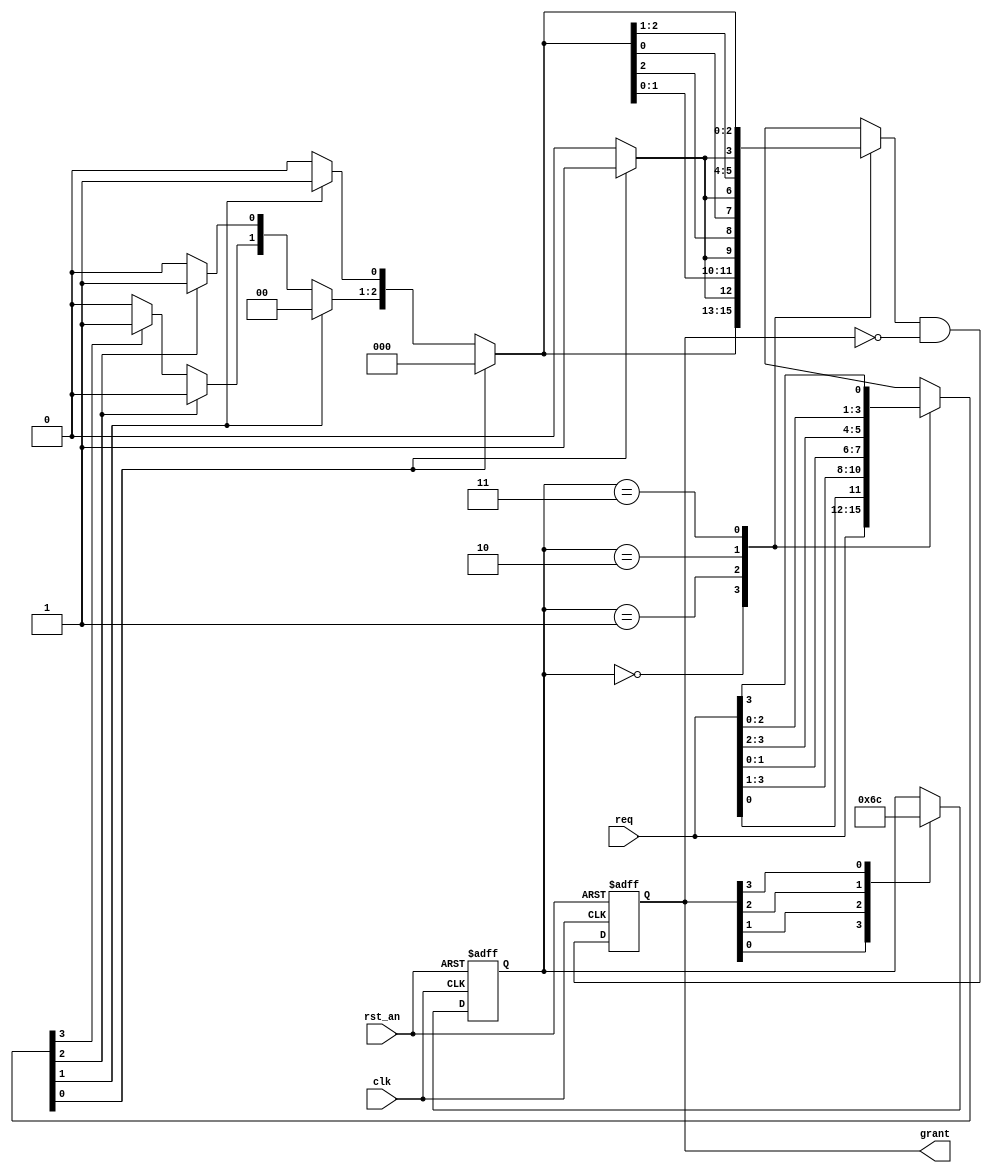
//https://github.com/freecores/round_robin_arbiter/blob/master/round_robin_arbiter.v

//Rotate -> Priority -> Rotate


module round_robin_arbiter (

	rst_an,

	clk,

	req,

	grant

);





input		rst_an;

input		clk;

input	[3:0]	req;

output	[3:0]	grant;



reg	[1:0]	rotate_ptr;

reg	[3:0]	shift_req;

reg	[3:0]	shift_grant;

reg	[3:0]	grant_comb;

reg	[3:0]	grant;



// shift req to round robin the current priority

always @ (*)

begin

	case (rotate_ptr[1:0])

		2'b00: shift_req[3:0] = req[3:0];

		2'b01: shift_req[3:0] = {req[0],req[3:1]};

		2'b10: shift_req[3:0] = {req[1:0],req[3:2]};

		2'b11: shift_req[3:0] = {req[2:0],req[3]};

	endcase

end



// simple priority arbiter

always @ (*)

begin

	shift_grant[3:0] = 4'b0;

	if (shift_req[0])	shift_grant[0] = 1'b1;

	else if (shift_req[1])	shift_grant[1] = 1'b1;

	else if (shift_req[2])	shift_grant[2] = 1'b1;

	else if (shift_req[3])	shift_grant[3] = 1'b1;

end



// generate grant signal

always @ (*)

begin

	case (rotate_ptr[1:0])

		2'b00: grant_comb[3:0] = shift_grant[3:0];

		2'b01: grant_comb[3:0] = {shift_grant[2:0],shift_grant[3]};

		2'b10: grant_comb[3:0] = {shift_grant[1:0],shift_grant[3:2]};

		2'b11: grant_comb[3:0] = {shift_grant[0],shift_grant[3:1]};

	endcase

end



always @ (posedge clk or negedge rst_an)

begin

	if (!rst_an)	grant[3:0] <= 4'b0;

	else		grant[3:0] <= grant_comb[3:0] & ~grant[3:0];

end



// update the rotate pointer

// rotate pointer will move to the one after the current granted

always @ (posedge clk or negedge rst_an)

begin

	if (!rst_an)

		rotate_ptr[1:0] <= 2'b0;

	else 

		case (1'b1) // synthesis parallel_case

			grant[0]: rotate_ptr[1:0] <= 2'd1;

			grant[1]: rotate_ptr[1:0] <= 2'd2;

			grant[2]: rotate_ptr[1:0] <= 2'd3;

			grant[3]: rotate_ptr[1:0] <= 2'd0;

		endcase

end

endmodule